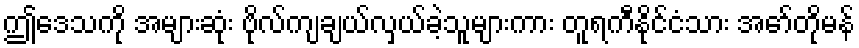
ဤဒေသကို အများဆုံး ဗိုလ်ကျချယ်လှယ်ခဲ့သူများကား တူရကီနိုင်ငံသား အော်တိုမန်